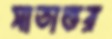
সাতাত্তর